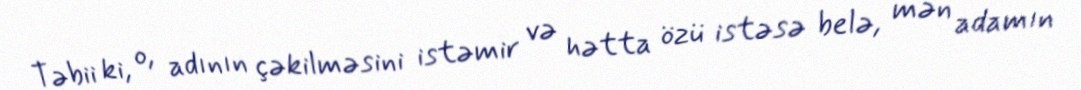
Təbii ki, o, adının çəkilməsini istəmir və hətta özü istəsə belə, mən adamın